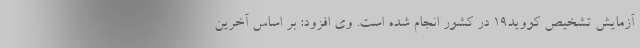
آزمایش تشخیص کووید۱۹ در کشور انجام شده است. وی افزود: بر اساس آخرین